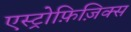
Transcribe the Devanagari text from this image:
एस्ट्रोफ़िज़िक्स